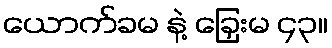
ယောက်ခမ နဲ့ ခြှေးမ ၄၃။